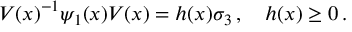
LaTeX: V ( x ) ^ { - 1 } \psi _ { 1 } ( x ) V ( x ) = h ( x ) \sigma _ { 3 } \, , \quad h ( x ) \geq 0 \, .